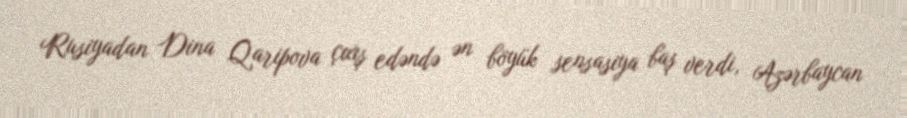
Rusiyadan Dina Qaripova çıxış edəndə ən böyük sensasiya baş verdi, Azərbaycan